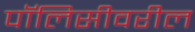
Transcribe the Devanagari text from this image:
पॉलिसीवरील